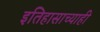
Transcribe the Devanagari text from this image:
इतिहासाच्याही